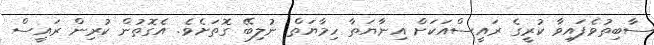
ސާބިތުވެފައިވާ ކުރީގެ ރައީސްއަކަށް އިނާޔަތާ ހިމާޔަތް ނުލިބޭ ގޮތަށެވެ. އެގޮތުން ކުރިން ރައީސް